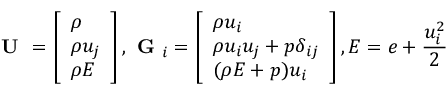
\textbf { U } = \left[ \begin{array} { l } { \rho } \\ { \rho u _ { j } } \\ { \rho E } \end{array} \right] , \textbf { G } _ { i } = \left[ \begin{array} { l } { \rho u _ { i } } \\ { \rho u _ { i } u _ { j } + p \delta _ { i j } } \\ { ( \rho E + p ) u _ { i } } \end{array} \right] , E = e + \frac { u _ { i } ^ { 2 } } { 2 }